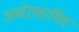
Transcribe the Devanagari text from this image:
अब्देलहामिद